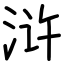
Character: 浒